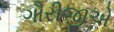
ગૌરીજીએ